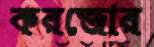
করজোর